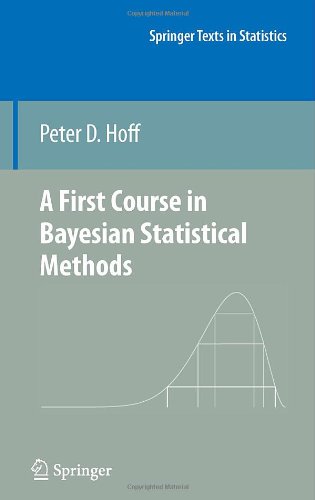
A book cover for A First Course in Bayesian Statistical Methods (Springer Texts in Statistics); Peter D. Hoff; Business & Money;